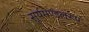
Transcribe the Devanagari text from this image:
सूर्यमण्डलरूप